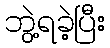
ဘွဲ့ရခဲ့ပြီး